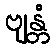
ဗျန္တံ